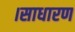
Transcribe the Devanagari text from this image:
।साधारण